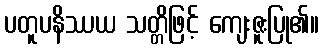
ပတူပနိဿယ သတ္တိဖြင့် ကျေးဇူးပြု၏။